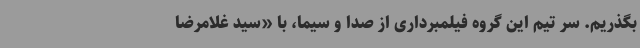
بگذریم. سر تیم این گروه فیلمبرداری از صدا و سیما، با «سید غلامرضا